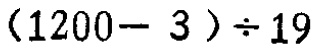
$(1200 - 3)\div 19$